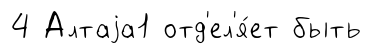
4 Алтаjа1 отд'ел'я́ет быть